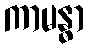
ကာမန္ဓာ